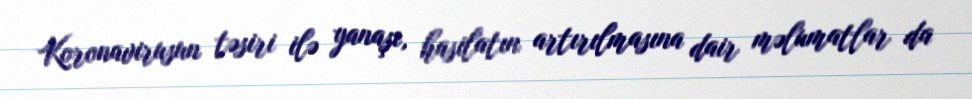
Koronavirusun təsiri ilə yanaşı, hasilatın artırılmasına dair məlumatlar da